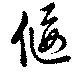
偃